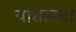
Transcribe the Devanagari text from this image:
यासाख्या